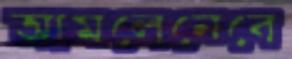
আমলেনেবে